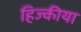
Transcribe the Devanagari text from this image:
हिज्कीया